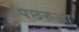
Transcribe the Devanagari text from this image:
पछरुआ